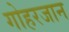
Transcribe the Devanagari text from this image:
गोहरजान